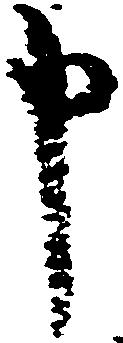
申